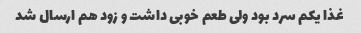
غذا یکم سرد بود ولی طعم خوبی داشت و زود هم ارسال شد